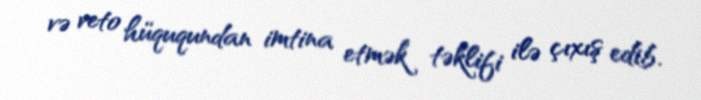
və veto hüququndan imtina etmək təklifi ilə çıxış edib.